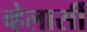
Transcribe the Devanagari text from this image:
व्हेलार्सी